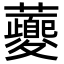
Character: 虁